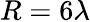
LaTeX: R=6\lambda